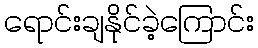
ရောင်းချနိုင်ခဲ့ကြောင်း